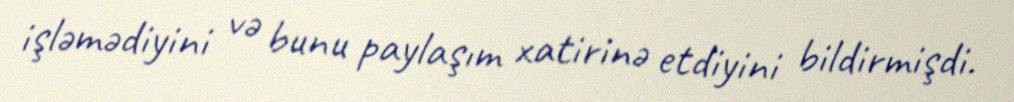
işləmədiyini və bunu paylaşım xatirinə etdiyini bildirmişdi.